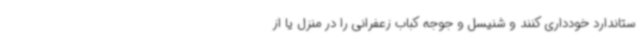
ستاندارد خودداری کنند و شنیسل و جوجه کباب زعفرانی را در منزل یا از